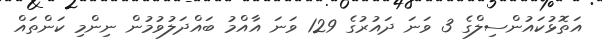
އަތޮޅުކައުންސިލްގެ 3 ވަނަ ދައުރުގެ 129 ވަނަ އާއްމު ބައްދަލުވުމުން ނިންމި ކަންތައް